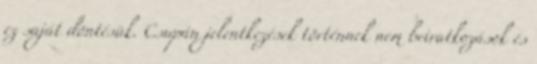
ez saját döntésük. Csupán jelentkezések történnek nem beiratkozások és